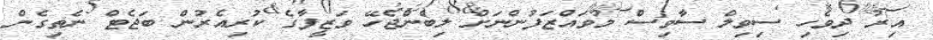
އިރު ދިވެހި ސިވިލް ސާވިސް މުވައްޒަފުންނަށް ލިބެންޖެހޭ ވަޒީފާގެ ކުރިއެރުން ބަޖެޓް ނެތިގެން